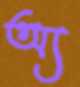
অ্য